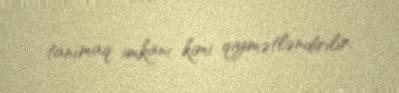
tanımaq imkanı kimi qiymətləndirilir.